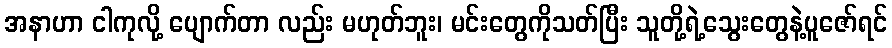
အနာဟာ ငါကုလို့ ပျောက်တာ လည်း မဟုတ်ဘူး၊ မင်းတွေကိုသတ်ပြီး သူတို့ရဲ့သွေးတွေနဲ့ပူဇော်ရင်